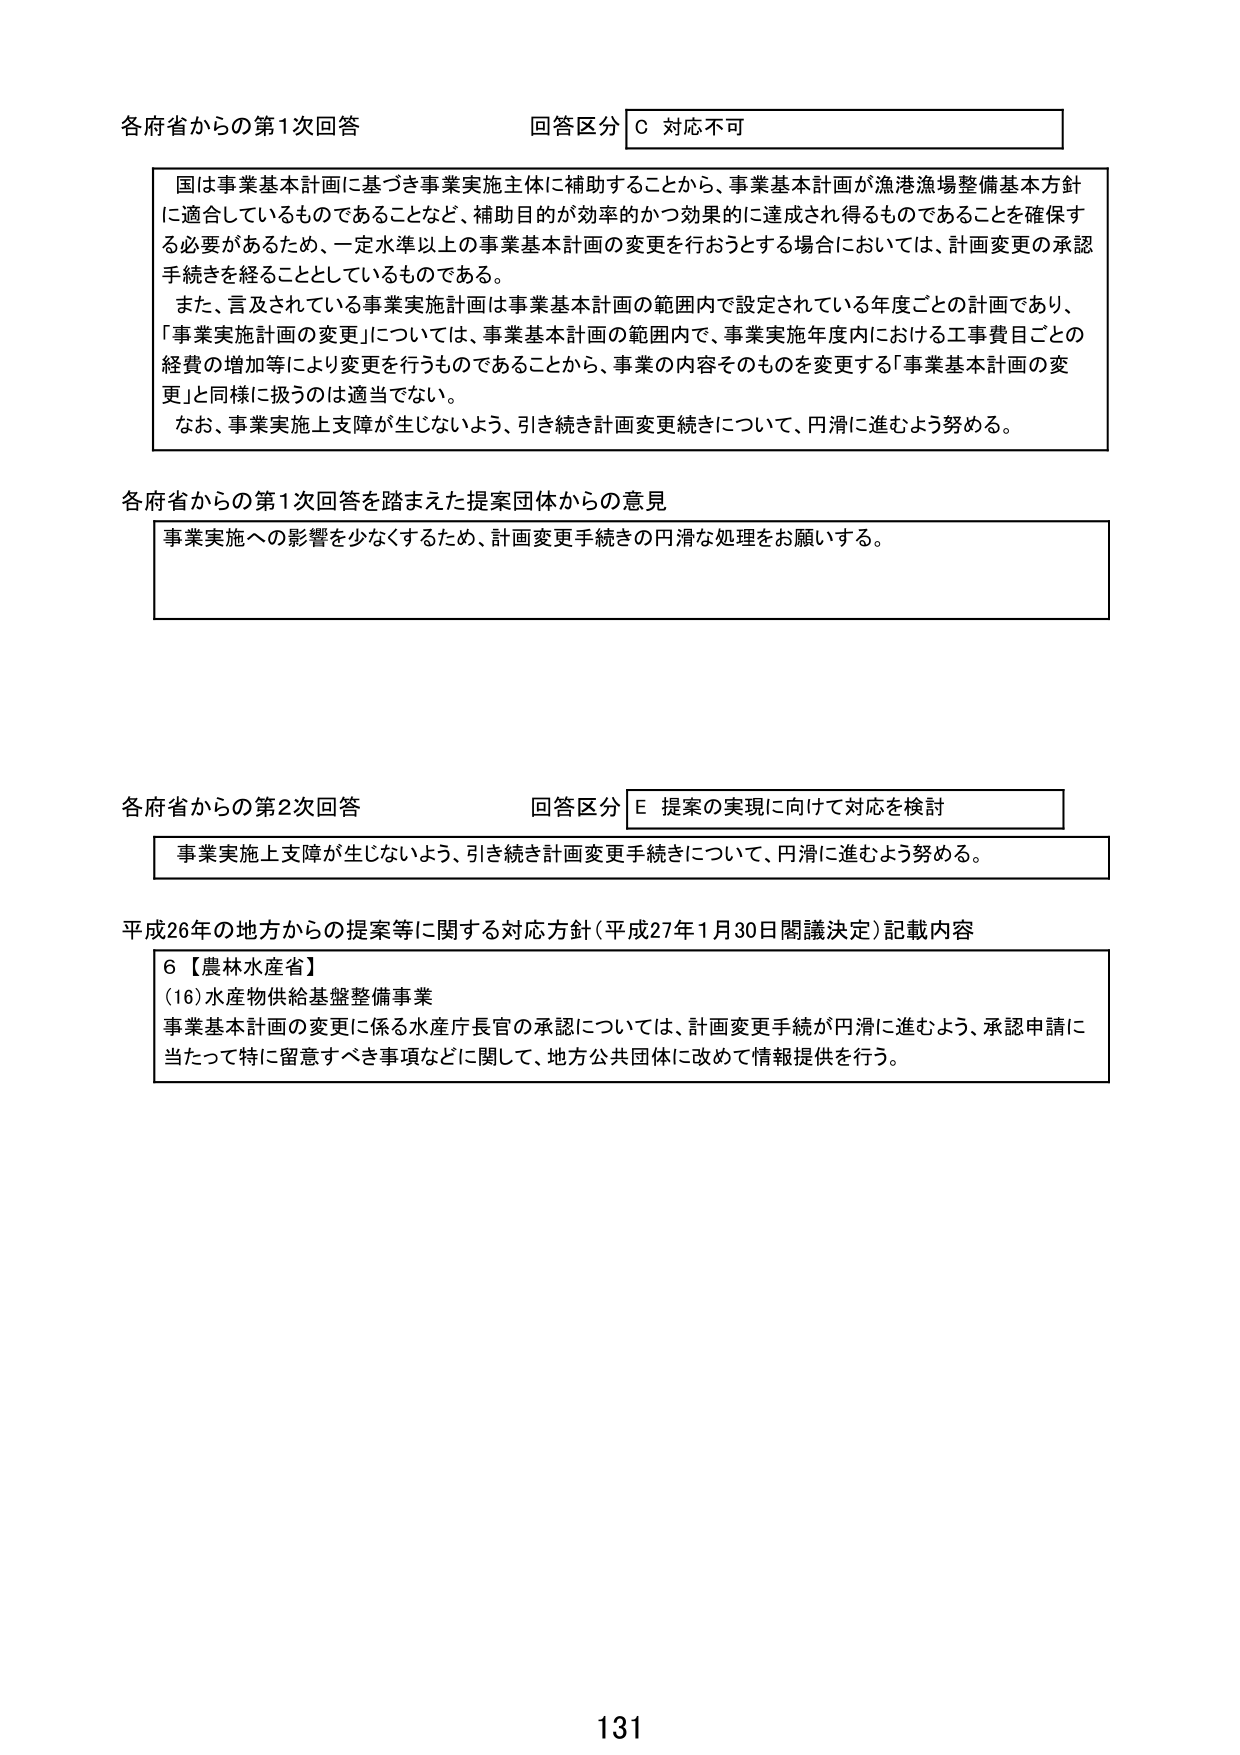
各府省からの第1次回答 回答区分 C 対応不可
国は事業基本計画に基づき事業実施主体に補助することから、事業基本計画が漁港漁場整備基本方針に適合しているものであることなど、補助目的が効率的かつ効果的に達成され得るものであることを確保する必要があるため、一定水準以上の事業基本計画の変更を行おうとする場合においては、計画変更の承認手続きを経ることとしているものである。
また、言及されている事業実施計画は事業基本計画の範囲内で設定されている年度ごとの計画であり、「事業実施計画の変更」については、事業基本計画の範囲内で、事業実施年度内における工事費目ごとの経費の増加等により変更を行うものであることから、事業の内容そのものを変更する「事業基本計画の変更」と同様に扱うのは適当でない。
なお、事業実施上支障が生じないよう、引き続き計画変更手続きについて、円滑に進むよう努める。

各府省からの第1次回答を踏まえた提案団体からの意見
事業実施への影響を少なくするため、計画変更手続きの円滑な処理をお願いする。

各府省からの第2次回答 回答区分 E 提案の実現に向けて対応を検討
事業実施上支障が生じないよう、引き続き計画変更手続きについて、円滑に進むよう努める。

平成26年の地方からの提案等に関する対応方針（平成27年1月30日閣議決定）記載内容
6【農林水産省】
(16)水産物供給基盤整備事業
事業基本計画の変更に係る水産庁長官の承認については、計画変更手続が円滑に進むよう、承認申請に当たって特に留意すべき事項などに関して、地方公共団体に改めて情報提供を行う。

131